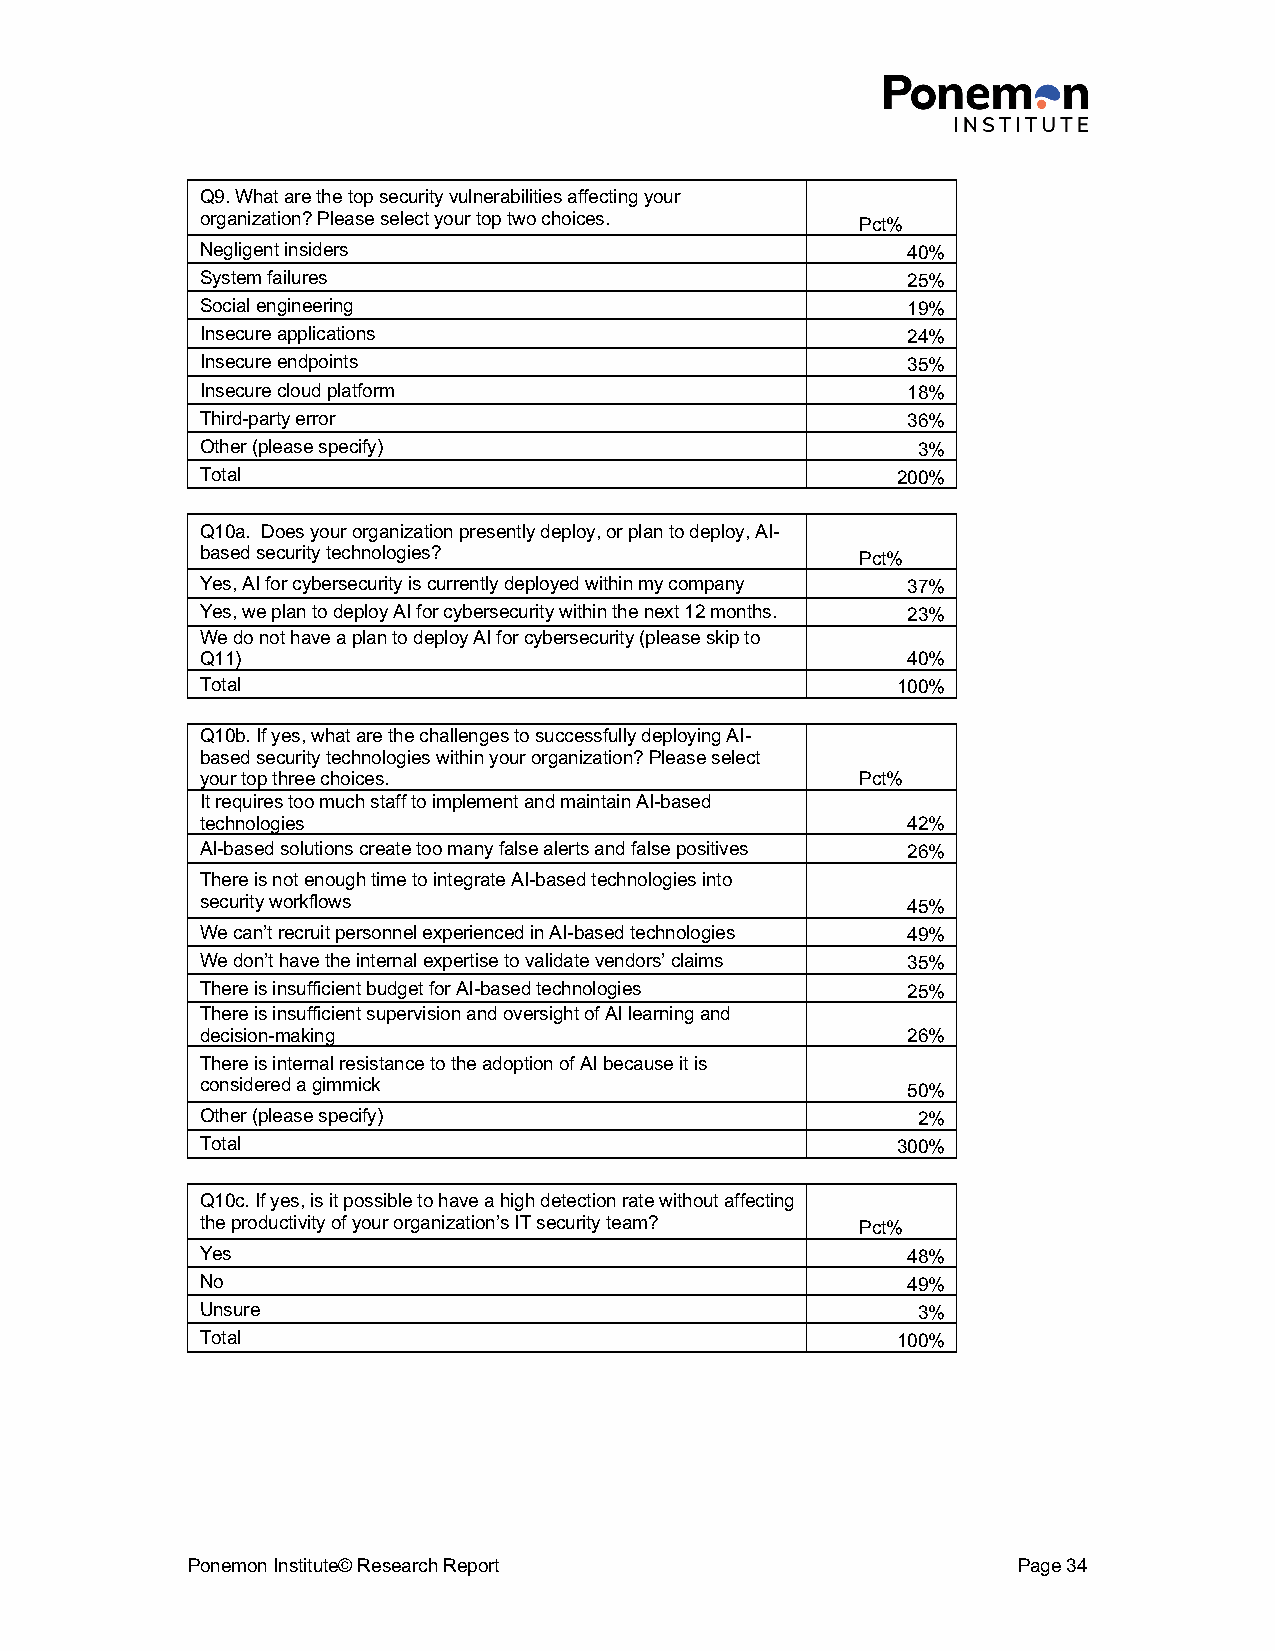
Q9. What are the top security vulnerabilities affecting your
 organization? Please select your top two choices. Pct%
 Negligent insiders                             40%
 System failures                                25%
 Social engineering                             19%
 Insecure applications                          24%
 Insecure endpoints                             35%
 Insecure cloud platform                        18%
 Third-party error                              36%
 Other (please specify)                          3%
 Total                                         200%
 Q10a. Does your organization presently deploy, or plan to deploy, AI-
 based security technologies?                Pct%
 Yes, AI for cybersecurity is currently deployed within my company 37%
 Yes, we plan to deploy AI for cybersecurity within the next 12 months. 23%
 We do not have a plan to deploy AI for cybersecurity (please skip to
 Q11)                                           40%
 Total                                         100%
 Q10b. If yes, what are the challenges to successfully deploying AI-
 based security technologies within your organization? Please select
 your top three choices.                     Pct%
 It requires too much staff to implement and maintain AI-based
 technologies                                   42%
 AI-based solutions create too many false alerts and false positives 26%
 There is not enough time to integrate AI-based technologies into
 security workflows                             45%
 We can’t recruit personnel experienced in AI-based technologies 49%
 We don’t have the internal expertise to validate vendors’ claims 35%
 There is insufficient budget for AI-based technologies 25%
 There is insufficient supervision and oversight of AI learning and
 decision-making                                26%
 There is internal resistance to the adoption of AI because it is
 considered a gimmick                           50%
 Other (please specify)                          2%
 Total                                         300%
 Q10c. If yes, is it possible to have a high detection rate without affecting
 the productivity of your organization’s IT security team? Pct%
 Yes                                            48%
 No                                             49%
 Unsure                                          3%
 Total                                         100%
 Ponemon Institute© Research Report                     Page 34